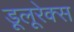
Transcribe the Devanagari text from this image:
डूलूरेक्स